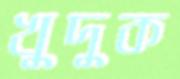
খুদুক